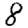
Digit: 8